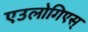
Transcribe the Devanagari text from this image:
एउलोगिएस्